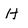
Character: H